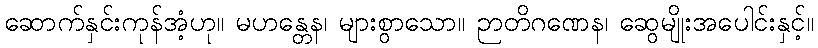
ဆောက်နှင်းကုန်အံ့ဟု။ မဟန္တေန၊ များစွာသော။ ဉာတိဂဏေန၊ ဆွေမျိုးအပေါင်းနှင့်။